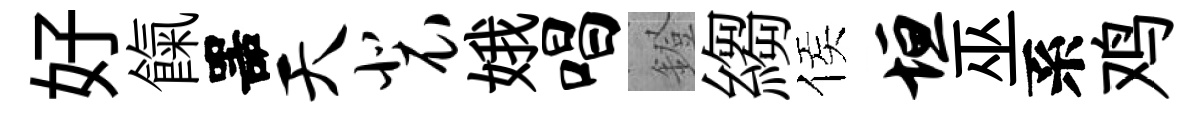
好餼噐天裴娥唱鐙縐侯垣巫系鸡